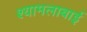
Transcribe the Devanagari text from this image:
श्यामलाबाई